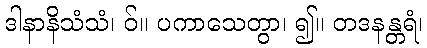
ဒါနာနိသံသံ၊ ဝ်။ ပကာသေတွာ၊ ၍။ တဒနန္တရံ၊